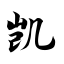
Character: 凯